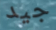
جيد